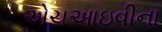
એચઆઇવીના